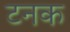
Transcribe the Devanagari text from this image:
टनक